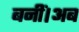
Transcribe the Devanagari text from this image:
बनीं।अब